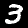
Label: 3